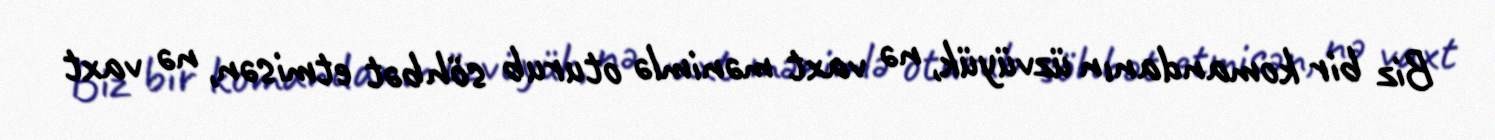
Biz bir komandanın üzvüyük, nə vaxt mənimlə oturub söhbət etmisən, nə vaxt